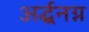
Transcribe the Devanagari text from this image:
अर्द्धनग्न